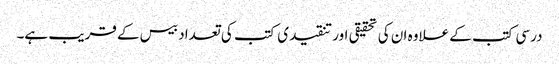
درسی کتب کے علاوہ ان کی تحقیقی اور تنقیدی کتب کی تعداد بیس کے قریب ہے۔